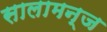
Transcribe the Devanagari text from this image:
सालामन्ज